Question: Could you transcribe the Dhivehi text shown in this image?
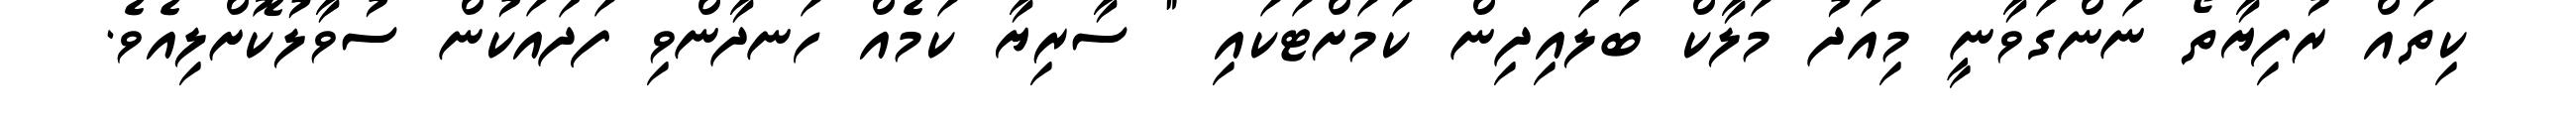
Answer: ކިތައް ރުފިޔާތޯ ނަންގަވާނީ މިއަދު މަލާކް ބަލައިދިން ކަމަށްޓަކައި " ސާރިޔާ ކަމެއް ހަނދާންވި ފަދައަކުން ސުވާލުކޮށްލިއެވެ.